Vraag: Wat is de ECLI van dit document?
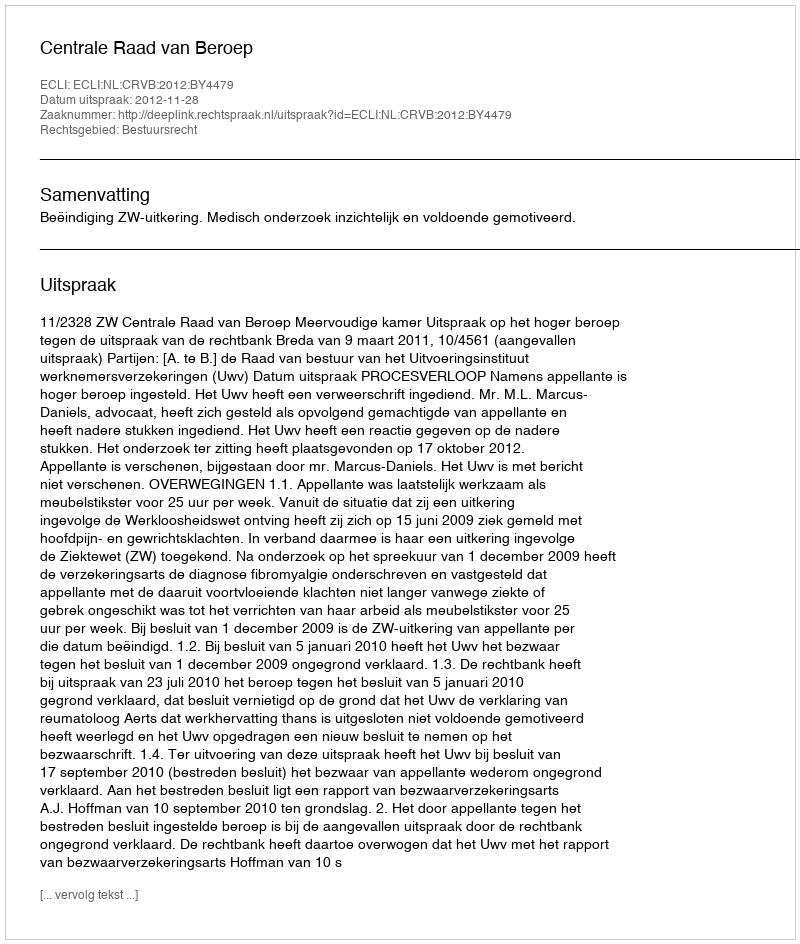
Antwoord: ECLI:NL:CRVB:2012:BY4479